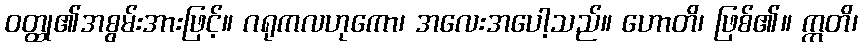
ဝတ္ထု၏အစွမ်းအားဖြင့်။ ဂရုကလဟုကော၊ အလေးအပေါ့သည်။ ဟောတိ၊ ဖြစ်၏။ ဣတိ၊